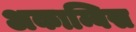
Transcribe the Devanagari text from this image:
अकाम्बिस